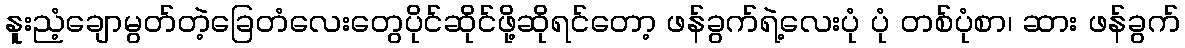
နူးညံ့ချောမွတ်တဲ့ခြေတံလေးတွေပိုင်ဆိုင်ဖို့ဆိုရင်တော့ ဖန်ခွက်ရဲ့လေးပုံ ပုံ တစ်ပုံစာ၊ ဆား ဖန်ခွက်